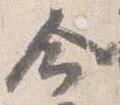
命